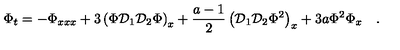
\Phi _ { t } = - \Phi _ { x x x } + 3 \left( \Phi { \cal D } _ { 1 } { \cal D } _ { 2 } \Phi \right) _ { x } + \frac { a - 1 } { 2 } \left( { \cal D } _ { 1 } { \cal D } _ { 2 } \Phi ^ { 2 } \right) _ { x } + 3 a \Phi ^ { 2 } \Phi _ { x } \quad .